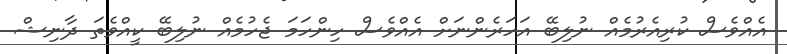
އެއްވެސް ކުރިއެރުމެއް ނުލިބޭ އަހަރެންނަށް އެއްވެސް ހިންހަމަ ޖެހުމެއް ނުލިބޭ ކީއްވެތަ ދާނިޝް